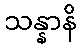
သန္နာနိ